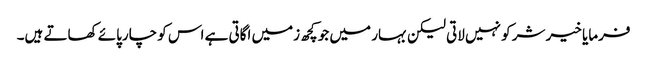
فرمایا خیر شر کو نہیں لاتی لیکن بہار میں جو کچھ زمیں اگاتی ہے اس کو چارپائے کھاتے ہیں۔